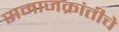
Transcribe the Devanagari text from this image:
समाजक्रांतीचे